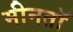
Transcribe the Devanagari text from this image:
मीनतॉ